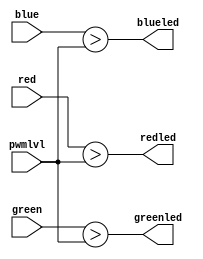
module RGBpwm(input wire [PWM_WIDTH - 1:0] pwmlvl,
	      input wire [PWM_WIDTH - 1:0] red,
	      input wire [PWM_WIDTH - 1:0] green,
	      input wire [PWM_WIDTH - 1:0] blue,

	      output wire 		   redled,
	      output wire 		   greenled,
	      output wire 		   blueled);

   parameter PWM_WIDTH = 12;
   //localparam [PWM_WIDTH-1:0] PWM_RANGE = (1<<PWM_WIDTH)-1;
   //localparam [PWM_WIDTH-1:0] HALFRANGE = PWM_RANGE/2;
   
   function pwm;
      input [PWM_WIDTH-1:0] 		   lvl, pix;
      begin
	 //pwm = ((HALFRANGE - (lvl/2)) < pix) && (pix < (HALFRANGE - (lvl/2) + lvl));
	 pwm = pix > lvl;
      end
   endfunction //
   
   assign redled = pwm(pwmlvl, red);
   assign greenled = pwm(pwmlvl, green);
   assign blueled = pwm(pwmlvl, blue);
   
endmodule